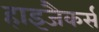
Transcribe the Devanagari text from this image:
हाइजैकर्स